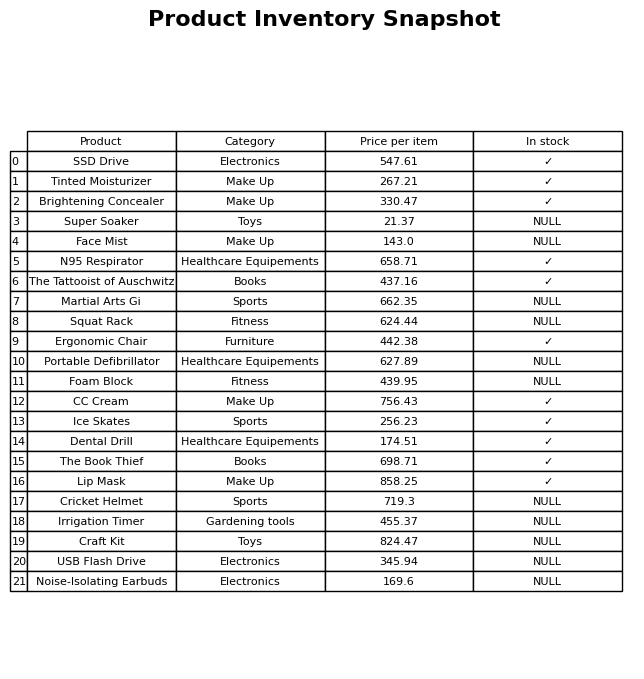
question: What is the price for Foam Block?
answer: The price of Foam Block is 439.95.